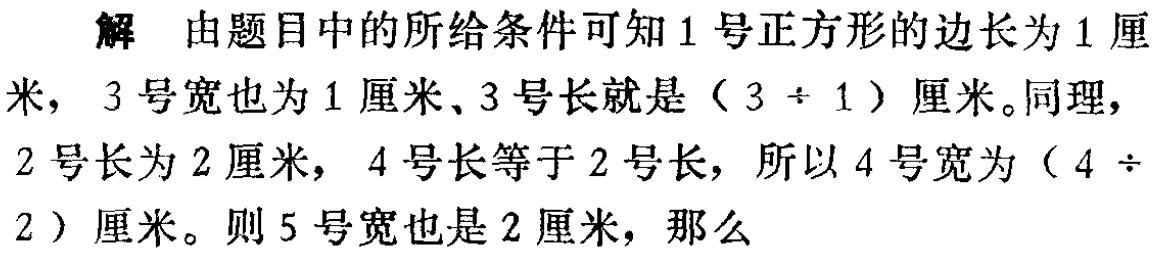
解 由题目中的所给条件可知1号正方形的边长为1厘米，3号宽也为1厘米, 3号长就是（3 \div 1）厘米。同理，2号长为2厘米，4号长等于2号长，所以4号宽为（4 \div 2）厘米。则5号宽也是2厘米，那么